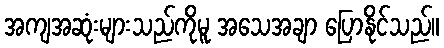
အကျအဆုံးများသည်ကိုမူ အသေအချာ ပြောနိုင်သည်။